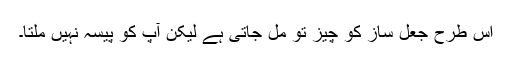
اس طرح جعل ساز کو چیز تو مل جاتی ہے لیکن آپ کو پیسہ نہیں ملتا۔